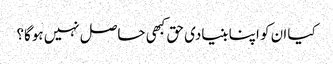
کیا ان کو اپنا بنیادی حق کبھی حاصل نہیں ہوگا؟